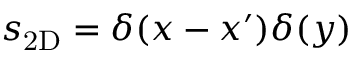
s _ { \mathrm { 2 D } } = \delta ( x - x ^ { \prime } ) \delta ( y )